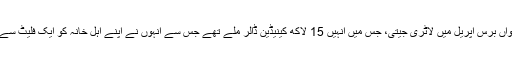
انہوں نے پہلی بار رواں برس اپریل میں لاٹری جیتی، جس میں انہیں 15 لاکھ کینیڈین ڈالر ملے تھے جس سے انہوں نے اپنے اہل خانہ کو ایک فلیٹ سے مکان میں منتقل کیا۔